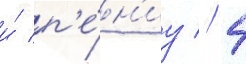
и́ п'е́н'иу // 4